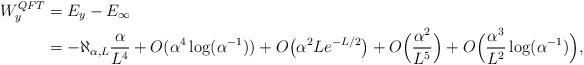
LaTeX: \begin{align*}W_y^{QFT} &= E_y -E_{\infty} \\&= -\aleph_{\alpha,L} \frac{\alpha}{L^4}+ O(\alpha^4 \log(\alpha^{-1}))+ O\big( \alpha^2 L e^{-L/2}\big) + O \Big( \frac{\alpha^2}{L^5}\Big) + O\Big( \frac{\alpha^3}{L^2}\log(\alpha^{-1})\Big), \end{align*}